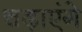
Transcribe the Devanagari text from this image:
चढ़ाएंगे